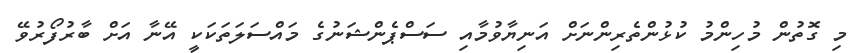
މި ގޮތުން މުހިންމު ކުޅުންތެރިންނަށް އަނިޔާވުމާއި ސަސްޕެންޝަނުގެ މައްސަލަތަކަކީ އޭނާ އަށް ބާރުފޯރުވޭ